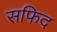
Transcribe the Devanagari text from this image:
सफिद